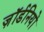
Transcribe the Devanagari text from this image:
ज़ॉर्डनियों